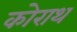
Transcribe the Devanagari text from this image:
कोराथ